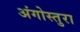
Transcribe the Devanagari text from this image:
अंगोस्तुरा